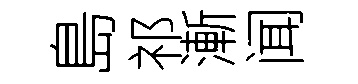
島祁漸闻